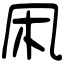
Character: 凩